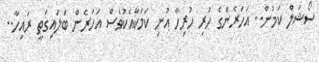
ސޯޝަލް ކަމުން.. އަހަރެންގެ ހުރި ހުރިހާ އުނި ކަމަކާއެކުވެސް އަހަރެން ބަލައިގަތީ ރައިހާ..